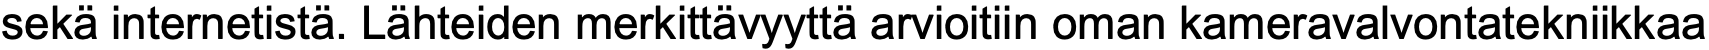
sekä internetistä. Lähteiden merkittävyyttä arvioitiin oman kameravalvontatekniikkaa